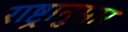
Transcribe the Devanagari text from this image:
राष्ट्रानुसार